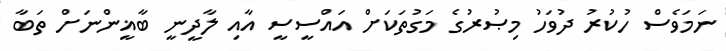
ނަމަވެސް ހުކުރު ދުވަހު މިޞުރުގެ މަގުތަކަށް އައްސީސީ އާއި ލާދީނީ ބާޣީންނަށް ތަބާ